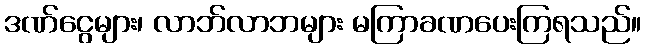
ဒဏ်ငွေများ၊ လာဘ်လာဘများ မကြာခဏပေးကြရသည်။